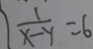
\vert \frac { 1 } { x - y } = 6